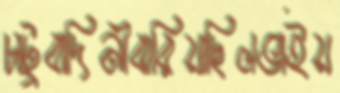
চাটুবাদিনীঝরিয়াছিলভাইয়